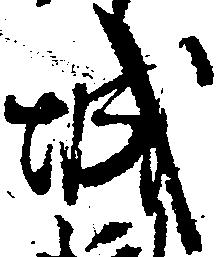
城